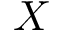
X